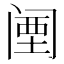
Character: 𬮱